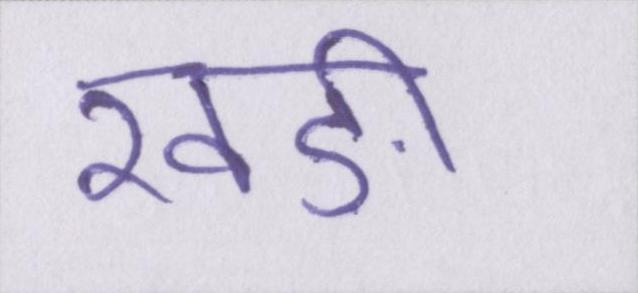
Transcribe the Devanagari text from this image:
खङी